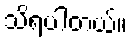
သိရပါတယ်။